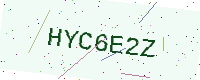
Text: HYC6E2Z